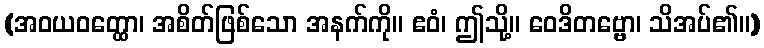
(အဝယဝတ္ထော၊ အစိတ်ဖြစ်သော အနက်ကို။ ဧဝံ၊ ဤသို့။ ဝေဒိတဗ္ဗော၊ သိအပ်၏။)